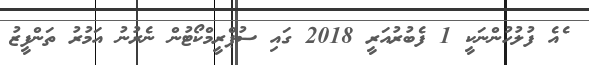
ެއެ ފުލުހުންނަކީ 1 ފެބުރުއަރީ 2018 ގައި ސުޕްރީމްކޯޓުން ނެރުނު އަމުރު ތަންފީޒު